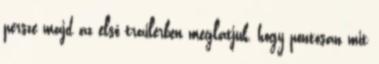
persze majd az első trailerben meglátjuk, hogy pontosan mit